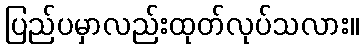
ပြည်ပမှာလည်းထုတ်လုပ်သလား။